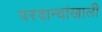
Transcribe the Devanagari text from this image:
परवान्यांखाली